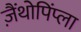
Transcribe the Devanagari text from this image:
ज़ैंथोपिंप्ला